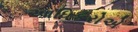
આધિકરોએ